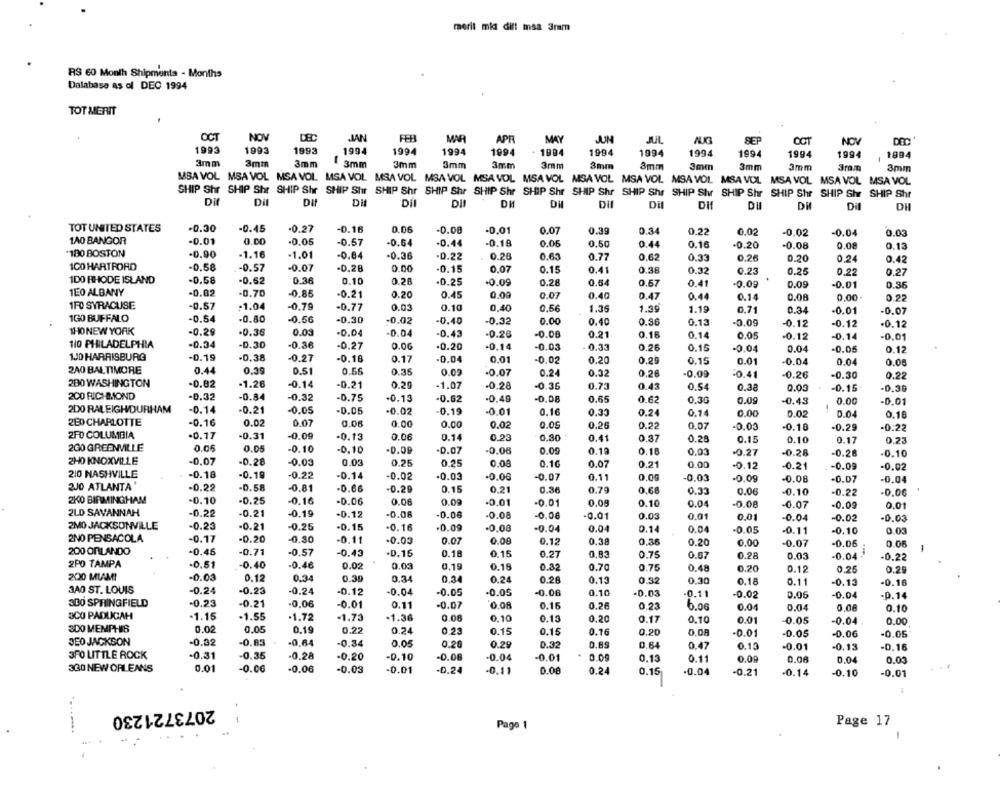
merit mida diff msa 3ram
RS 60 Month Shipments - Months
Dalabase as of DEC 1994
TOT MERIT
NVT
OCT
NOV
DEC
FEB
APR
MAY
JUN
JUL
NUG
SEP
OCT
NOV
1993
1993
1993
1994
1994
1994
1994
. 1994
1994
1994
1994
1994
1994
1994
1994
3mm
3mm
3mm
1 3mm
3mm
3mm
3mm
3mm
3mm
3mm
3 mm
3mm
3mm
3mm
3mm
MSA VOL MSA VOL MSA VOL MSA VOL MSA VOL MSA VOL MSA VOL MSA VOL MSA VOL MSA VOL MSA VOL MSA VOL MSA VOL MSA VOL MSA VOL
SHIP Shr SHIP Shr SHIP Shr SHIP Shr SHIP Shr SHIP Shr SHIP Shr SHIP Shr SHIP Shr SHIP Shr SHIP Shr SHIP Shr SHIP Shr SHIP Shr SHIP Shr
Dit
Dil
Dit
Dil
DII
DM
Dil
DIl
Di
DU
DM
Dil
DH
TOT UNITED STATES
-0.00
-0.45
-0.27
-0.16
0.06
-0.08
-0.01
0.39
0.34
0.07
0.22
0.02
-0.02
-0.04
0.03
1A0 BANGOR
-0.01
0.00
-0.05
-0.57
-0.64
-0.44
-0.18
0.05
0.50
0.44
0.16
-0.20
-0.08
0.08
0.13
180 BOSTON
-0.90
-1.16
-1.01
-0.84
-0.36
-0.22
0.26
0.63
0.77
0.62
0.33
0.26
0.20
0.24
0.42
100 HARTFORD
-0.58
-0.57
-0.07
-0,28
0.00
-0.15
0.07
0.15
0.41
0.38
0.32
0.23
0.25
0,22
0.27
1DO RHODE ISLAND
-0.58
-0.62
0.36
0.10
0.28
-0.25
-0.09
0.28
0.64
0.67
0.41
-0.09
0.09
-0.01
0.36
TEO ALBANY
-0.02
-0.70
0.85
-0.21
0.20
0.45
0,00
0.07
0.40
0.47
0.44
0.14
0.08
0,00
0.27
1FO SYRACUSE
-0.57
-1.04
-0.79
-0.77
0.03
0.10
0,40
0.56
1.36
1.39
1.19
0,71
0.34
-0.01
-0.07
1GO BUFFALO
-0.54
-0.80
-0.56
-0.30
-0.02
-0.40
-0.32
0.00
0.40
0.86
0.13
-0.09
-0.12
-0.12
-0.12
1HONEW YORK
-0.29
-0.36
0.03
-0.04
-0.04
-0.43
-0.28
-0.00
0.21
0.18
0.14
0.05
-0.12
-0.14
-0.01
110 PHILADELPHIA
-0.34
-D.30
-0.36
-0.27
0.06
-0.20
-0.14
-0.03
0.33
0.26
0.15
-0.04
0.04
-0.05
1JD HARRISBURG
-0.19
-0.38
-0.27
0.12
-0.16
0.17
-0.04
0.01
-0.02
0.20
0.29
0.15
0.01
-0.04
0.04
0.05
2A0 BALTIMORE
0.44
0,39
0.51
0.56
0.35
0.09
-0.07
0.24
0.32
0.28
-0.09
=0.41
-0.26
-0.30
0.22
200 WASHINGTON
-0.82
-1.26
-0.14
-0.21
0.29
-1.07
-0.28
-0.36
0.73
0.43
0.54
0.38
0.05
-0.15
-0.30
200 RICHMOND
-0.32
-0.84
-0.32
-0.75
-0.13
-0.62
-0.49
-0.08
0.65
0.62
0.30
0.0g
-0.43
0.00
-0.01
200 RALEIGH/DURHAM
-0.14
-0.21
-0.05
-0.05
-0.02
-0.19
-0.01
0.16
0.24
0.14
0,33
0.00
0.02
0.0.
0.18
280 CHARLOTTE
-0.16
0.02
0.07
0.06
0.00
0.00
0.02
0.00
0.26
0.22
0.07
-0.03
-0.10
-0.29
-0:22
2FO COLUMBIA
-0.17
-0.31
-0.09
-0.13
0.06
0.14
0.23
0.30
0.41
0.37
0.28
0.15
0.10
0.17
0.23
2GO GREENVILLE
0.05
0.05
-0.10
-0,10
-0.09
-0.07
-0.06
0.00
0.19
0.16
0.03
-0.27
-0.28
ZHO KNOXVILLE
-0.28
-0.10
-0.07
-0.28
-0.03
0.03
0.25
0,25
0.08
0.10
0.07
0.21
0.00
-0.12
-0.21
-0.09
-0.02
210 NASHVILLE
-0.18
-0.19
-0.22
-0.14
-0.02
-0.03
0.00
-0.00
-0.07
0.11
-0.03
-0.0g
-0.06
-0.07
-0,04
2JO ATLANTA'
-0.22
-0.58
-0.81
-0.66
-0.29
0.15
0.21
0.36
0.79
0.68
0.33
0.06
-0.10
-0.22
-0.06
2KO BIRMINGHAM
-0.10
-0.25
-0.16
-0.06
0.08
0.00
-0.01
-0.01
0.09
0.10
0.04
-0.08
-0.07
-0.09
0.01
2LD SAVANNAH
-0.22
-0.21
-0.19
-0.12
-0.06
-0.06
-0.08
-0.08
-0.01
0.03
0.01
0.0
-0.04
-0.02
-0.03
2MO JACKSONVILLE
-0.23
-0.21
-0.25
-0.15
-0.16
-0.09
-0.08
-0.04
0.04
0.14
0.04
-0.05
-0.11
-0.10
0.03
2NO PENSACOLA
-0.17
-0.20
-0.30
-0.11
-0.03
0.07
0.08
0.12
0.38
0.36
0.20
0.00
-0.07
-0.06
200 ORLANDO
-0.46
-0.71
-0.57
-0.43
-D.15
0.18
0.15
0.27
0.83
0.75
0.67
0.28
0.03
-0.04
-0.22
2PO TAMPA
-0.51
-0.40
-0.46
0.02
0.03
0,19
0.16
0.32
0.70
0.75
0.48
0.20
0.12
0,25
0.29
200 MLAMI
-0.03
0.12
0.34
0.30
0.34
0.34
0.24
0.26
0.13
0.32
0,30
0.18
0.11
-0.13
-0.10
3A0 ST. LOUIS
-0.24
-0.23
-0.24
-0.12
-0.04
-0.05
-0.05
-0.06
0.10
-0.03
-0.11
-0.02
0.05
-0.04
-D.14
300 SPRINGFIELD
-0.23
-0.21
-0.06
-0.01
0.11
-0.07
0.08
0.16
0.26
0.23
6.06
0.04
0.04
0,06
0.10
SCO PADUCAH
-1.15
-1.55
·1.72
-1.73
-1.36
0.08
0.10
0.13
0.20
0.17
0.10
0.01
-0.05
-0.04
0.00
300 MEMPHIS
0.02
0,05
0.19
0.22
0.24
0.23
0.15
0.15
0.16
0.20
0.08
-0.01
-0.05
-0.06
-0.06
JEO JACKSON
-0.32
-0.63
-0,64
-0.34
0.05
0.20
0.29
0.32
0.89
0.64
0.47
0.13
-0.01
-0.13
-0.16
3FO LITTLE ROCK
-0.31
-0.35
-0.28
-0.20
-0.10
-0.06
-0.04
-0.01
0.00
0.13
0.11
0.09
0.00
0.04
0.00
300 NEW ORLEANS
0.01
-0.06
-0.06
-0.03
-0.01
-D.24
-0.11
0.00
0.24
0.15
-0.04
-0.21
-0.14
-0.10
-0.01
2073721230
Page 1
Page 17